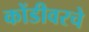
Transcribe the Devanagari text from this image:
कोंडीवरचे